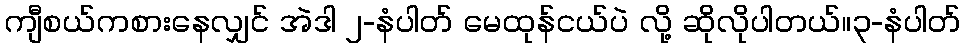
ကျီစယ်ကစားနေလျှင် အဲဒါ ၂-နံပါတ် မေထုန်ငယ်ပဲ လို့ ဆိုလိုပါတယ်။၃-နံပါတ်